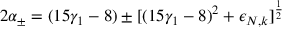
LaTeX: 2 \alpha _ { \pm } = ( 1 5 \gamma _ { 1 } - 8 ) \pm [ ( 1 5 \gamma _ { 1 } - 8 ) ^ { 2 } + \epsilon _ { N , k } ] ^ { \frac 1 2 }